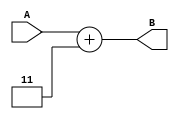
module top(...);

input [7:0] A;
output [7:0] B;
wire [7:0] C = 3;
assign B = A + C;

endmodule